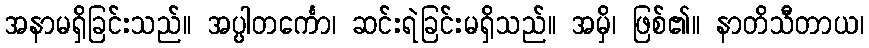
အနာမရှိခြင်းသည်။ အပ္ပါတင်္ကော၊ ဆင်းရဲခြင်းမရှိသည်။ အမှိ၊ ဖြစ်၏။ နာတိသီတာယ၊